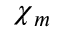
{ \boldsymbol { \chi } } _ { m }